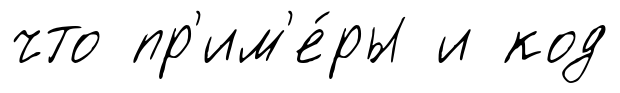
что пр'им'е́ры и код